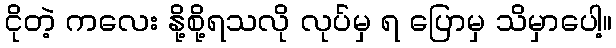
ငိုတဲ့ ကလေး နို့စို့ရသလို လုပ်မှ ရ ပြောမှ သိမှာပေါ့။